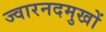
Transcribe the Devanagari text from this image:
ज्वारनदमुखों